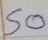
50